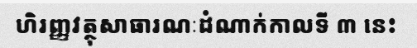
ហិរញ្ញវត្ថុសាធារណៈដំណាក់កាលទី ៣ នេះ